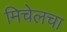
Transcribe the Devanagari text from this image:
मिचेलचा